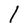
Character: 1